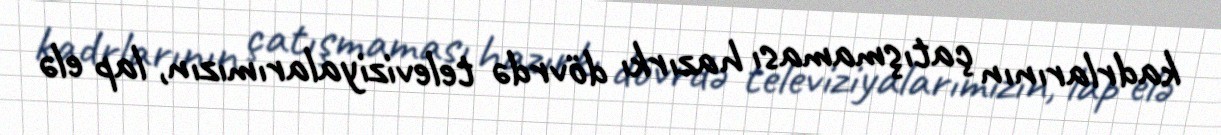
kadrlarının çatışmaması hazırkı dövrdə televiziyalarımızın, lap elə